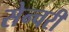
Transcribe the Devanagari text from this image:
सेन्चरी